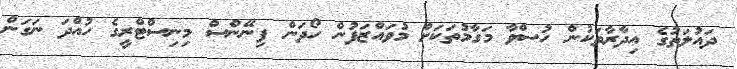
ދައުލަތުގެ އިދާރާތަކުން ހުސްވާ މަގާމުތަކަށް މުވައްޒަފުން ހޯދަން ފިނޭންސް މިނިސްޓްރީގެ ހުއްދަ ނަގަން